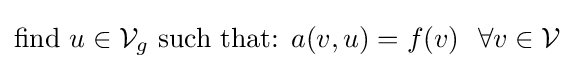
{\text{find }}u\in {\mathcal {V}}_{g}{\text{ such that: }}a(v,u)=f(v)\,\,\,\,\forall v\in {\mathcal {V}}